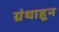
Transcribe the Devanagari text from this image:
ग्रंथाहून